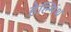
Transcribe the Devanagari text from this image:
हेल्मिंथ